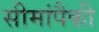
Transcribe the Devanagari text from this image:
सीमांपैकी